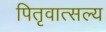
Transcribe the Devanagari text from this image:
पितृवात्सल्य